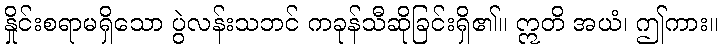
နှိုင်းစရာမရှိသော ပွဲလန်းသဘင် ကခုန်သီဆိုခြင်းရှိ၏။ ဣတိ အယံ၊ ဤကား။